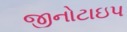
જીનોટાઇપ